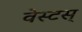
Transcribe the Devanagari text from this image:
वेस्टस्‌